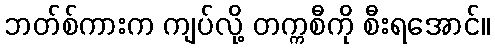
ဘတ်စ်ကားက ကျပ်လို့ တက္ကစီကို စီးရအောင်။